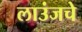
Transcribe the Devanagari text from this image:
लाउंजचे